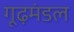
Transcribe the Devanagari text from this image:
गूढ़मंडल